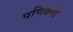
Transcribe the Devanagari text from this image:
पणिक्करुडे